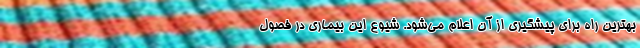
بهترین راه برای پیشگیری از آن اعلام می‌شود. شیوع این بیماری در فصول